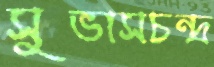
সুভাসচন্দ্র